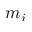
m _ { i }